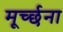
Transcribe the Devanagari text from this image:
मूर्च्छना